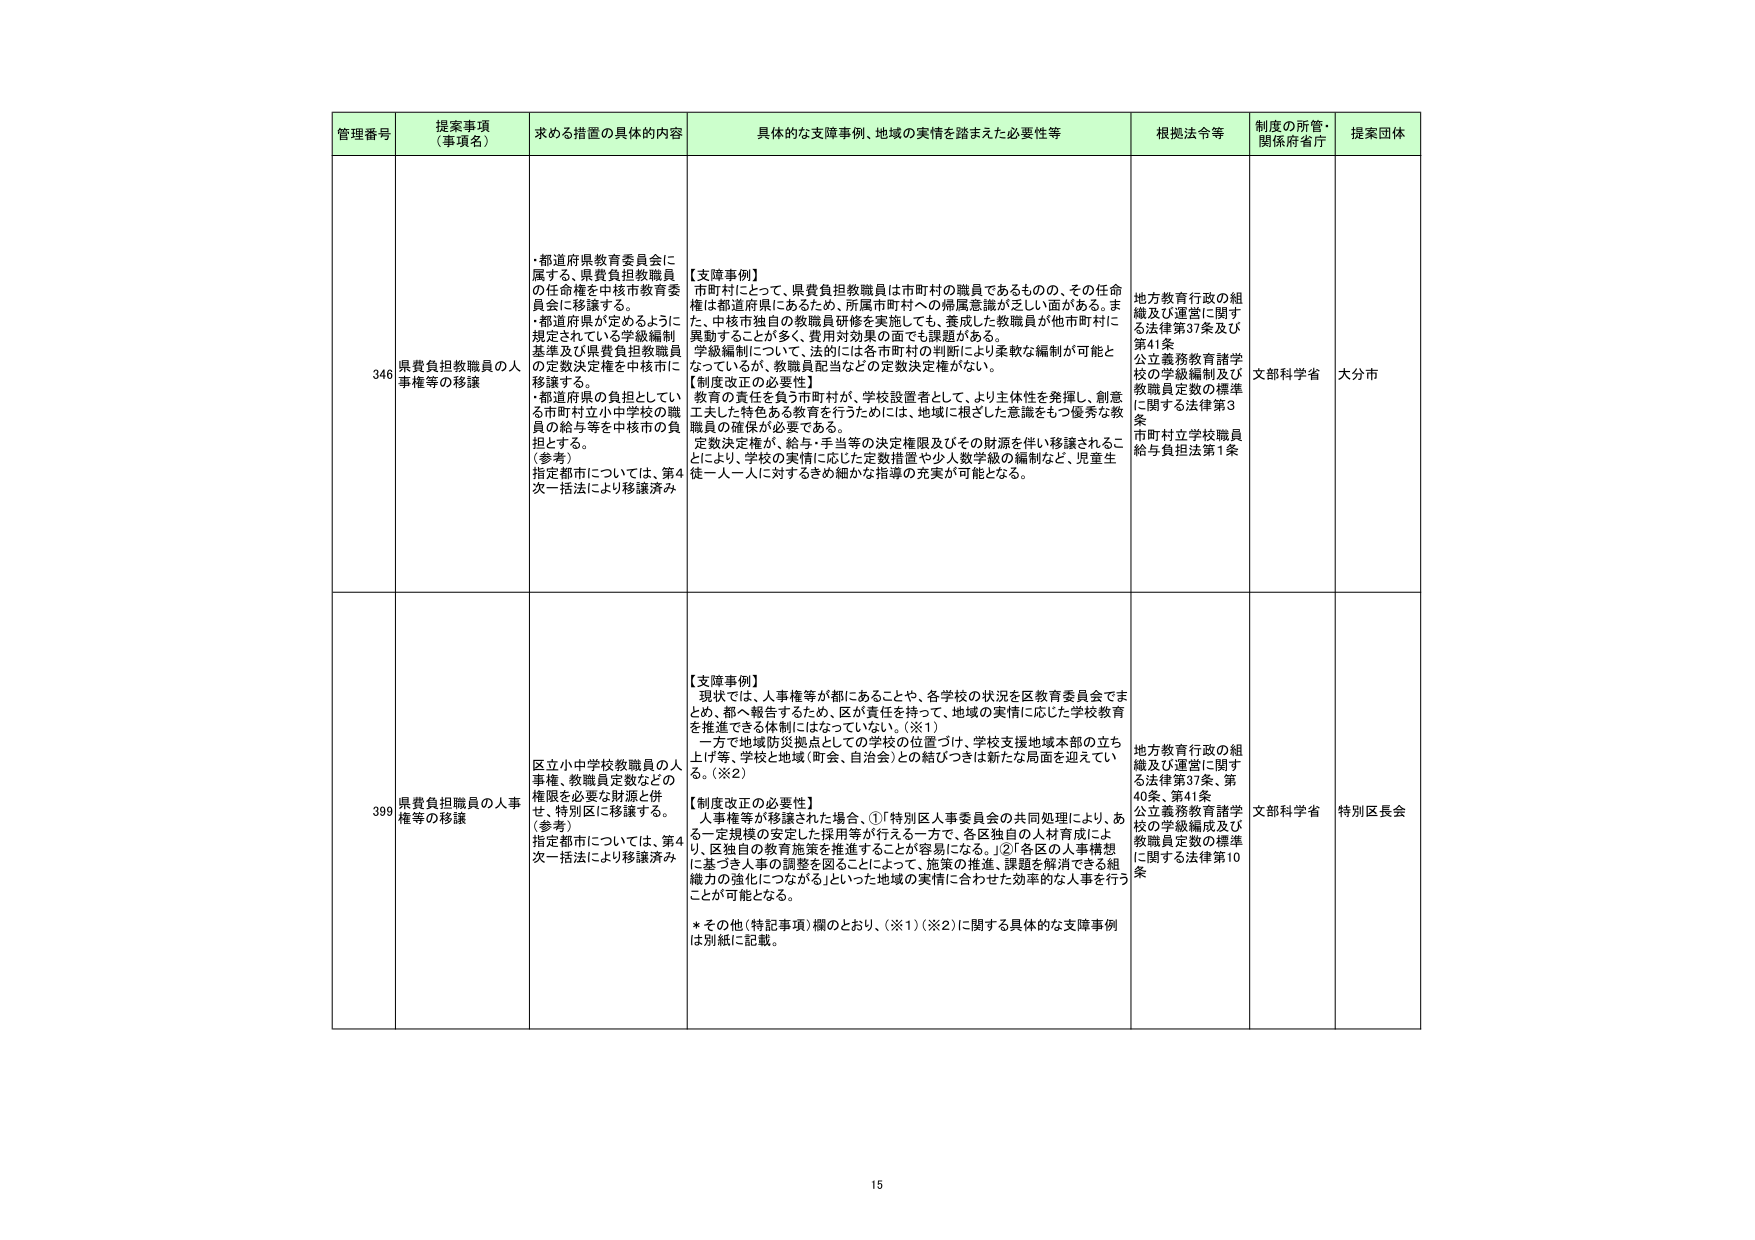
管理番号 提案事項 （事項名） 求める措置の具体的内容 具体的な支障事例、地域の実情を踏まえた必要性等 根拠法令等 制度の所管・ 関係府省庁 提案団体

346 県費負担教職員の人 事権等の移譲 ・都道府県教育委員会に 属する、県費負担教職員 の任命権を中核市教育委 員会に移譲する。 ・都道府県が定めるように 規定されている学級編制 基準及び県費負担教職員 の定数決定権を中核市に 移譲する。 ・都道府県の負担としてい る市町村立小中学校の職 員の給与等を中核市の負 担とする。 （参考） 指定都市については、第4 次一括法により移譲済み 【支障事例】 市町村にとって、県費負担教職員は市町村の職員であるものの、その任命 権は都道府県にあるため、所属市町村への帰属意識が乏しい面がある。ま た、中核市独自の教職員研修を実施しても、養成した教職員が他市町村に 異動することが多く、費用対効果の面でも課題がある。 学級編制について、法的には各市町村の判断により柔軟な編制が可能と なっているが、教職員配当などの定数決定権がない。 【制度改正の必要性】 教育の責任を負う市町村が、学校設置者として、より主体性を発揮し、創意 工夫した特色ある教育を行うためには、地域に根ざした意識をもつ優秀な教 職員の確保が必要である。 定数決定権が、給与・手当等の決定権限及びその財源を伴い移譲されるこ とにより、学校の実情に応じた定数措置や少人数学級の編制など、児童生 徒一人一人に対するきめ細かな指導の充実が可能となる。 地方教育行政の組 織及び運営に関する法律第37条及び 第41条 公立義務教育諸学 校の学級編制及び 教職員定数の標準 に関する法律第3 条 市町村立学校職員 給与負担法第1条 文部科学省 大分市

399 県費負担職員の人事 権等の移譲 区立小中学校教職員の人 事権、教職員定数などの 権限を必要な財源と併 せ、特別区に移譲する。 （参考） 指定都市については、第4 次一括法により移譲済み 【支障事例】 現状では、人事権等が都にあることや、各学校の状況を区教育委員会でま とめ、都へ報告するため、区が責任を持って、地域の実情に応じた学校教育 を推進できる体制にはなっていない。（※1） 一方で地域防災拠点としての学校の位置づけ、学校支援地域本部の立ち 上げ等、学校と地域（町会、自治会）との結びつきは新たな局面を迎えてい る。（※2） 【制度改正の必要性】 人事権等が移譲された場合、①「特別区人事委員会の共同処理により、あ る一定規模の安定した採用等が行える一方で、各区独自の人材育成によ り、区独自の教育施策を推進することが容易になる。」②「各区の人事構想 に基づき人事の調整を図ることによって、施策の推進、課題を解消できる組 織力の強化につながる」といった地域の実情に合わせた効率的な人事を行う ことが可能となる。 ＊その他（特記事項）欄のとおり、（※1）（※2）に関する具体的な支障事例 は別紙に記載。 地方教育行政の組 織及び運営に関する法律第37条、第 40条、第41条 公立義務教育諸学 校の学級編成及び 教職員定数の標準 に関する法律第10 条 文部科学省 特別区長会

15